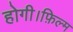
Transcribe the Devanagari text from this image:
होगी।फ़िल्म